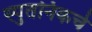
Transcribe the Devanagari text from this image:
स्पुतनिकचे